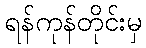
ရန်ကုန်တိုင်းမှ